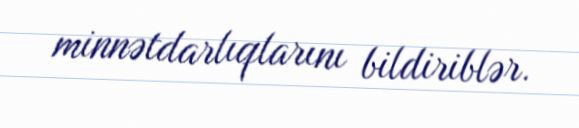
minnətdarlıqlarını bildiriblər.